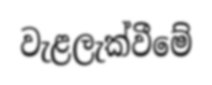
වැළලැක්වීමේ